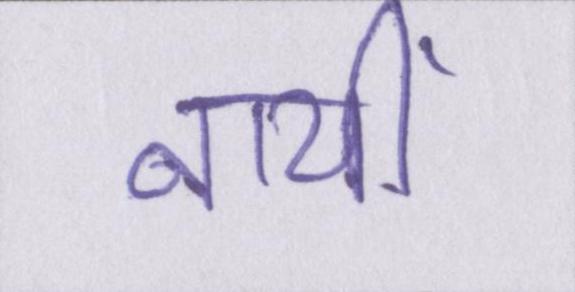
नायीं